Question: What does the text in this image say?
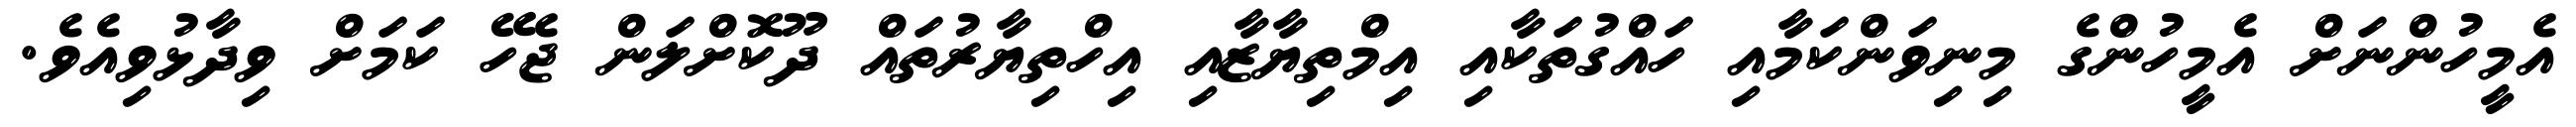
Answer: އެމީހުންނަށް އެމީހުންގެ މިނިވަންކަމާއި ހައްގުތަކާއި އިމްތިޔާޒާއި އިހްތިޔާރުތައް ދޫކޮށްލަން ޖެހޭ ކަމަށް ވިދާޅުވިއެވެ.